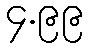
၄.၉၉